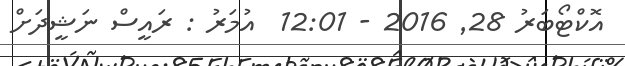
އޮކްޓޯބަރު 28